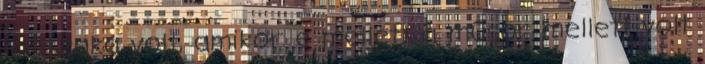
időszaka volt, amikor e mellett a műsor mellett volt